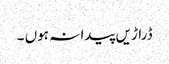
ڈراڑیں پیدا نہ ہوں ۔